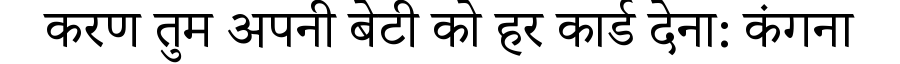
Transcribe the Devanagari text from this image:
करण तुम अपनी बेटी को हर कार्ड देना: कंगना